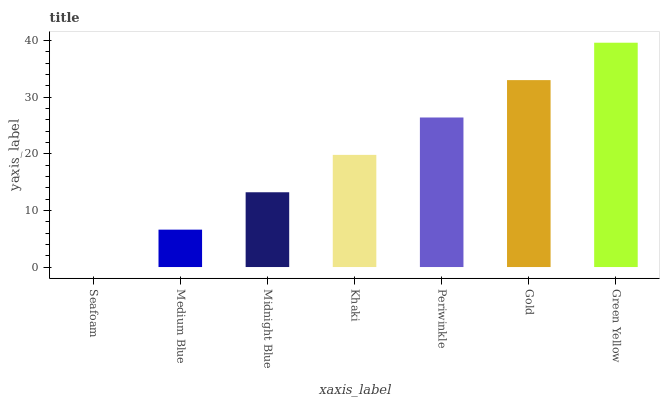
| xaxis_label | bars |
 | --- | --- |
 | Seafoam | 0 |
 | Medium Blue | 6.6 |
 | Midnight Blue | 13.2 |
 | Khaki | 19.8 |
 | Periwinkle | 26.4 |
 | Gold | 33 |
 | Green Yellow | 39.6 |